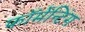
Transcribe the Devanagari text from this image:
फॉर्मेन्टिंग